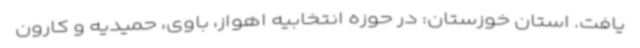
یافت. استان خوزستان: در حوزه انتخابیه اهواز، باوی، حمیدیه و کارون